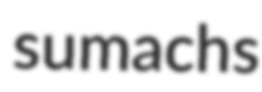
sumachs